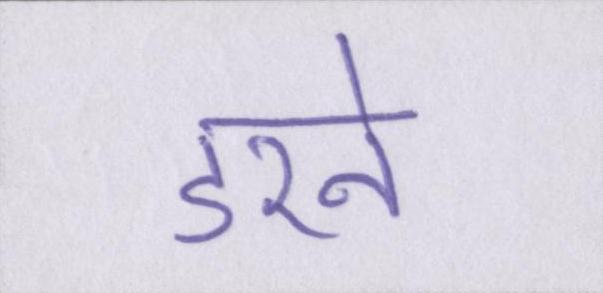
डरने